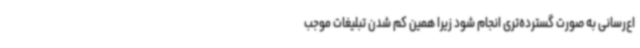
اع‌رسانی به صورت گسترده‌تری انجام شود زیرا همین کم شدن تبلیغات موجب